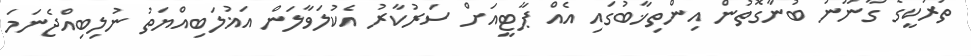
ތުރުކީގެ ގާނޫނު ބުނާގޮތުން އިންތިޚާބުގައި އެއް ޕާޓީއަށް ސަރުކާރު އެކުލަވާލަން އަޣުލަބިއްޔަތު ނުލިބިއްޖެނަމަ